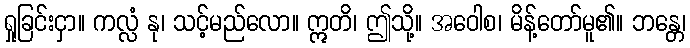
ရှုခြင်းငှာ။ ကလ္လံ နု၊ သင့်မည်လော။ ဣတိ၊ ဤသို့။ အဝေါစ၊ မိန့်တော်မူ၏။ ဘန္တေ၊